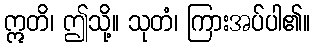
ဣတိ၊ ဤသို့။ သုတံ၊ ကြားအပ်ပါ၏။